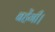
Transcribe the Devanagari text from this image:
बहेंगी।